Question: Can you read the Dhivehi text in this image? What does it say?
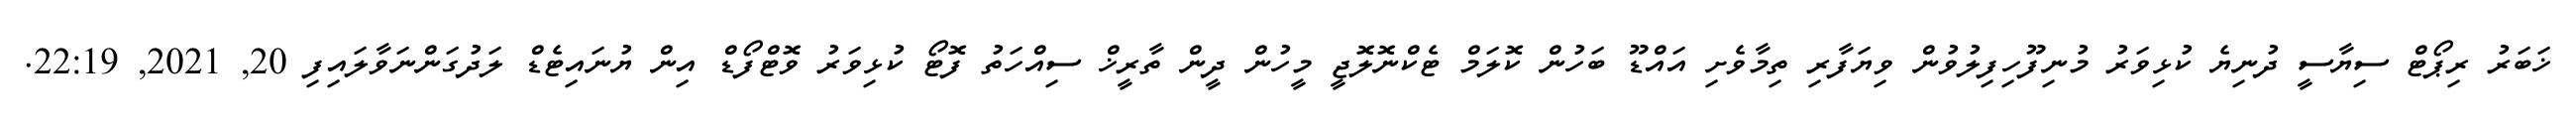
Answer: ޚަބަރު ރިޕޯޓް ސިޔާސީ ދުނިޔެ ކުޅިވަރު މުނިފޫހިފިލުވުން ވިޔަފާރި ތިމާވެށި އައްޑޫ ބަހުން ކޮލަމް ޓެކްނޮލޮޖީ މީހުން ދީން ތާރީޚް ސިއްހަތު ފޮޓޯ ކުޅިވަރު ވޮޓްފޯޑް އިން ޔުނައިޓެޑް ލަދުގަންނަވާލައިފި 20, 2021, 22:19.